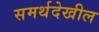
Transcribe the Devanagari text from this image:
समर्थदेखील